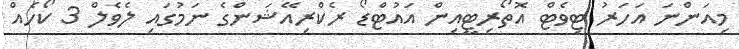
މިއަންނަ އަހަރު ޓިވެޓް އޮތޯރިޓީއިން އައުޓްޑޯ ރެކްރިއޭޝަންގެ ނަމުގައި ލެވެލް 3 ކޯހެއް